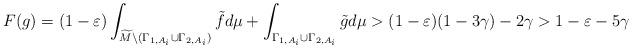
LaTeX: \begin{align*} F(g)=(1-\varepsilon)\int_{\widetilde{M}\setminus (\Gamma_{1,A_i}\cup \Gamma_{2,A_i})}\tilde{f}d\mu+\int_{ \Gamma_{1,A_i}\cup \Gamma_{2,A_i}}\tilde{g}d\mu>(1-\varepsilon)(1-3\gamma)-2\gamma>1-\varepsilon-5\gamma\end{align*}